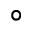
^ \circ